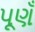
પૂણઁ